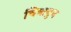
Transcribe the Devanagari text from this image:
चित्रायुध